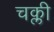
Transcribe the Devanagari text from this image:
चक्ली